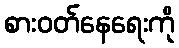
စားဝတ်နေရေးကို